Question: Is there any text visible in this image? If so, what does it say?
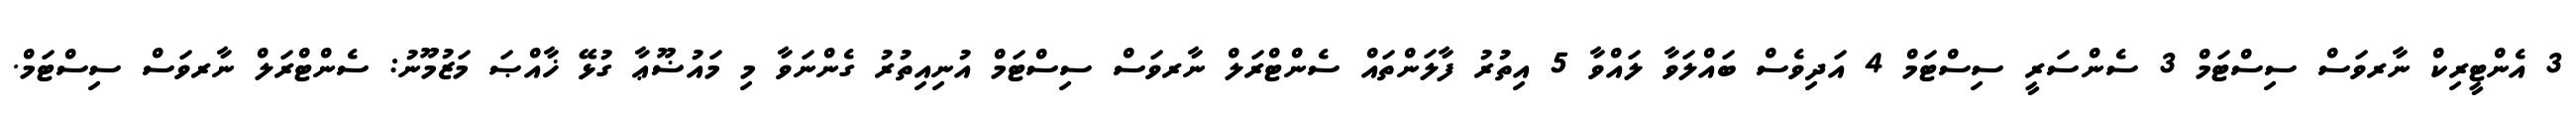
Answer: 3 އެންޓީރިކް ނާރވަސް ސިސްޓަމް 3 ސެންސަރީ ސިސްޓަމް 4 އަދިވެސް ބައްލަވާ ލައްވާ 5 އިތުރު ފާލަންތައް ސެންޓްރަލް ނާރވަސް ސިސްޓަމް އުނިއިތުރު ގެންނަވާ މި މައުޟޫޢާ ގުޅޭ ޚާއްޞަ މަޒުމޫނު: ސެންޓްރަލް ނާރވަސް ސިސްޓަމް.